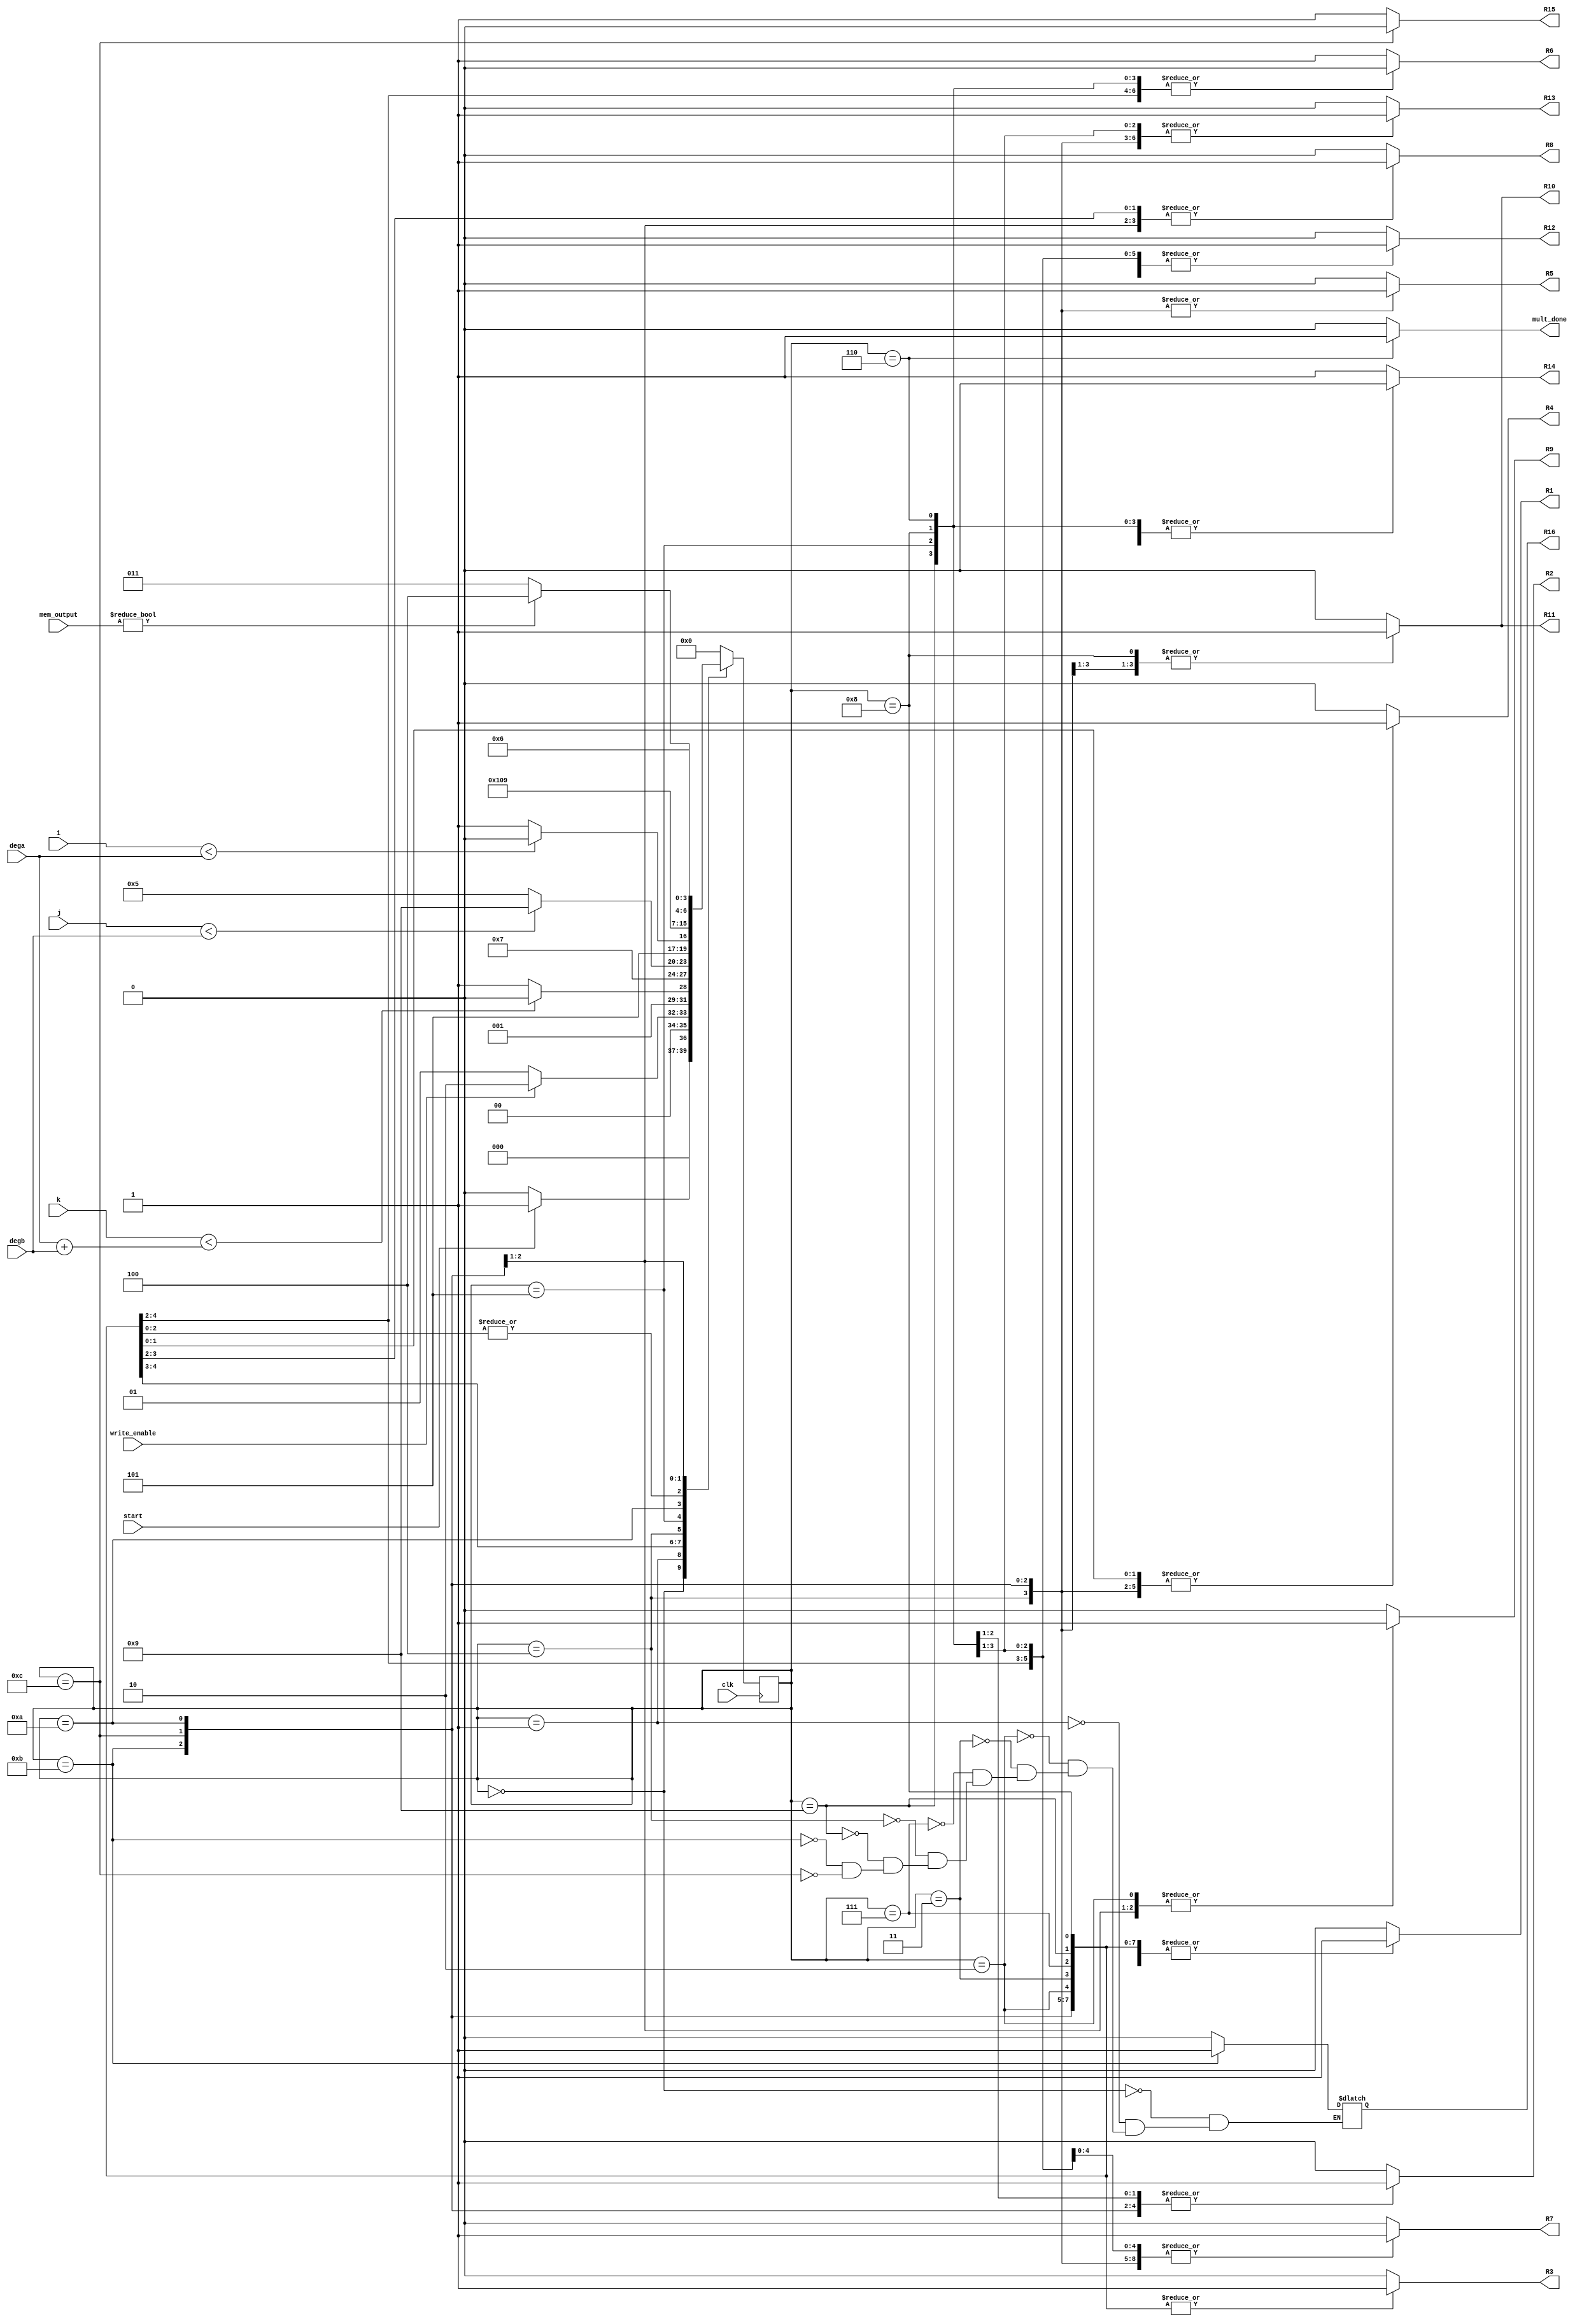
`timescale 1ns / 1ps
//////////////////////////////////////////////////////////////////////////////////
// Company: 
// Engineer: 
// 
// Design Name: 
// Module Name: Multpoly_FSM
// Project Name: 
// Target Devices: 
// Tool Versions: 
// Description: 
// 
// Dependencies: 
// 
// Revision:
// Revision 0.01 - File Created
// Additional Comments:
// 
//////////////////////////////////////////////////////////////////////////////////


module Multpoly_FSM(
    input clk,
    input start,
    input write_enable,
    input [9:0] i, j,
    input [10:0] k, dega, degb,
    input [25:0]mem_output, 
    output reg R1, R2, R3, R4, R5,R6, R7, R8, R9, R10, R11, R12, R13,R14, R15,R16,
    output reg mult_done
    );
    
    parameter Inicio  = 4'b0000;
    parameter Inicio2  = 4'b0001;
    parameter preg1=4'b1101;
    parameter as1=4'b1110;
    parameter temp5=4'b1111;
    parameter Op1 =4'b0010;
    parameter A1 =4'b0011;
    parameter temp1 =4'b0111;
    parameter mult =4'b0100;
    parameter temp2 =4'b1000;
    parameter temp3=4'b1001;
    parameter deg1=4'b1011;
    parameter deg2=4'b1100;
    parameter A2 =4'b0101;
    parameter temp4 =4'b1010;
    parameter salida =4'b0110;


    reg [3:0] presente = Inicio; // Registro de Estado - Valor inicial
    reg [3:0] futuro;            // Entrada del registro de Estado

    // Registro de estado 
    always @(posedge clk)
        presente <= futuro;

    // Lgica del estado siguiente
    always @(presente,start,i, j, k,write_enable, mem_output,dega,degb)
        case (presente)
            Inicio :
                if(start)
                    futuro <= Inicio2;            
                else
                    futuro <= Inicio;
            Inicio2:
                if(write_enable)
                    futuro <= Op1;            
                else
                    futuro <= Inicio2;
            Op1:
                if(k<dega+degb)
                    futuro <= Op1;
                else
                    futuro <= A1;            
            A1:
                futuro<=temp1;
            
            temp1:
                futuro<=mult;
                
            mult:
                if (j<degb)
                      futuro<=temp3;
                else
                    futuro<=A2;

            temp3:
                futuro<=mult;
            
            A2:
                if(i<dega)
                    futuro<=temp4;
                else
                    futuro <= deg1;
            temp4:
                futuro<=temp2;
            temp2:
                futuro<=mult;
            deg1:
                 if(mem_output!=0)
                    futuro<=deg2;
                else
                    futuro <= deg1;
            deg2:
                futuro <= salida;
            salida:
                futuro <= Inicio; 
            default:
                futuro <= Inicio;
        endcase
    
    // Lgica de salida
    always @(presente)
        case (presente)
            Inicio : begin
                R1 <= 1'b0;
                R2 <= 1'b0;
                R3 <= 1'b0;
                R4 <= 1'b0;
                R5 <= 1'b0;
                R6 <= 1'b1;
                R7 <= 1'b0;
                R8<= 1'b0;
                R9<= 1'b0;
                R10<= 1'b0;
                R11<= 1'b0;
                R12<= 1'b0;
                R13<= 1'b0;
                R14<= 1'b0;
                R15<= 1'b1;
                R16<= 1'b0;
                mult_done <= 1'b0; 
            end
            Inicio2 : begin
                R1 <= 1'b0;
                R2 <= 1'b0;
                R3 <= 1'b0;
                R4 <= 1'b0;
                R5 <= 1'b0;
                R6 <= 1'b1;
                R7 <= 1'b0;
                R8<= 1'b0;
                R9<= 1'b0;
                R10<= 1'b0;
                R11<= 1'b0;
                R12<= 1'b0;
                R13<= 1'b0;
                R14<= 1'b1;
                R15<= 1'b1;
                R16<= 1'b0;
                mult_done <= 1'b0;
            end                     
            Op1: begin
                R1 <= 1'b1;
                R2 <= 1'b0;
                R3 <= 1'b1;
                R4 <= 1'b0;
                R5 <= 1'b0;
                R6 <= 1'b0;
                R7 <= 1'b0;
                R8<= 1'b0;
                R9<= 1'b1;
                R10<= 1'b0;
                R11<= 1'b0;
                R12<= 1'b1;
                R13<= 1'b0;
                R14<= 1'b1;
                R15<= 1'b1;
                R16<= 1'b0;
                mult_done <= 1'b0;
            end
            A1: begin
                R1 <= 1'b1;
                R2 <= 1'b0;
                R3 <= 1'b1;
                R4 <= 1'b0;
                R5 <= 1'b0;
                R6 <= 1'b0;
                R7 <= 1'b1;
                R8<= 1'b1;
                R9<= 1'b0;
                R10<= 1'b0;
                R11<= 1'b0;
                R12<= 1'b1;
                R13<= 1'b0;
                R14<= 1'b1;
                R15<= 1'b1;
                R16<= 1'b0;
                mult_done <= 1'b0;
            end
            temp1: begin
                R1 <= 1'b1;
                R2 <= 1'b0;
                R3 <= 1'b1;
                R4 <= 1'b0;
                R5 <= 1'b0;
                R6 <= 1'b0;
                R7 <= 1'b1;
                R8<= 1'b1;
                R9<= 1'b0;
                R10<= 1'b0;
                R11<= 1'b0;
                R12<= 1'b1;
                R13<= 1'b0;
                R14<= 1'b1;
                R15<= 1'b1;
                R16<= 1'b0;
                mult_done <= 1'b0;
            end
            mult: begin
                R1 <= 1'b1;
                R2 <= 1'b0;
                R3 <= 1'b0;
                R4 <= 1'b1;
                R5 <= 1'b1;
                R6 <= 1'b1;
                R7 <= 1'b1;
                R8<= 1'b0;
                R9<= 1'b0;
                R10<= 1'b1;
                R11<= 1'b1;
                R12<= 1'b0;
                R13<= 1'b1;
                R14<= 1'b1;
                R15<= 1'b1;
                R16<= 1'b0;
                mult_done <= 1'b0;
            end

            temp3: begin
                R1 <= 1'b1;
                R2 <= 1'b0;
                R3 <= 1'b1;
                R4 <= 1'b1;
                R5 <= 1'b0;
                R6 <= 1'b0;
                R7 <= 1'b1;
                R8<= 1'b0;
                R9<= 1'b0;
                R10<= 1'b0;
                R11<= 1'b0;
                R12<= 1'b1;
                R13<= 1'b1;
                R14<= 1'b0;
                R15<= 1'b1;
                R16<= 1'b0;
                mult_done <= 1'b0;
            end
            deg1: begin
                R1 <= 1'b1;
                R2 <= 1'b1;
                R3 <= 1'b1;
                R4 <= 1'b1;
                R5 <= 1'b1;
                R6 <= 1'b1;
                R7 <= 1'b1;
                R8<= 1'b1;
                R9<= 1'b1;
                R10<= 1'b1;
                R11<= 1'b1;
                R12<= 1'b1;
                R13<= 1'b1;
                R14<= 1'b0;
                R15<= 1'b1;
                R16<= 1'b1;
                mult_done <= 1'b0;
            end
            deg2: begin
                R1 <= 1'b1;
                R2 <= 1'b1;
                R3 <= 1'b1;
                R4 <= 1'b1;
                R5 <= 1'b1;
                R6 <= 1'b1;
                R7 <= 1'b1;
                R8<= 1'b1;
                R9<= 1'b1;
                R10<= 1'b1;
                R11<= 1'b1;
                R12<= 1'b1;
                R13<= 1'b1;
                R14<= 1'b0;
                R15<= 1'b0;
                R16<= 1'b0;
                mult_done <= 1'b0;
            end
            A2: begin
                R1 <= 1'b0;
                R2 <= 1'b1;
                R3 <= 1'b0;
                R4 <= 1'b0;
                R5 <= 1'b0;
                R6 <= 1'b0;
                R7 <= 1'b1;
                R8<= 1'b0;
                R9<= 1'b0;
                R10<= 1'b0;
                R11<= 1'b0;
                R12<= 1'b1;
                R13<= 1'b1;
                R14<= 1'b0;
                R15<= 1'b1;
                mult_done <= 1'b0;
            end
            temp4: begin
                R1 <= 1'b1;
                R2 <= 1'b1;
                R3 <= 1'b1;
                R4 <= 1'b1;
                R5 <= 1'b1;
                R6 <= 1'b1;
                R7 <= 1'b1;
                R8<= 1'b0;
                R9<= 1'b0;
                R10<= 1'b0;
                R11<= 1'b0;
                R12<= 1'b1;
                R13<= 1'b1;
                R14<= 1'b0;
                R15<= 1'b1;
                mult_done <= 1'b0;
            end
            temp2: begin
                R1 <= 1'b1;
                R2 <= 1'b1;
                R3 <= 1'b1;
                R4 <= 1'b1;
                R5 <= 1'b0;
                R6 <= 1'b0;
                R7 <= 1'b1;
                R8<= 1'b0;
                R9<= 1'b0;
                R10<= 1'b1;
                R11<= 1'b1;
                R12<= 1'b1;
                R13<= 1'b1;
                R14<= 1'b0;
                R15<= 1'b1;
                mult_done <= 1'b0;
            end
            salida: begin
                R1 <= 1'b0;
                R2 <= 1'b0;
                R3 <= 1'b0;
                R4 <= 1'b0;
                R5 <= 1'b0;
                R6 <= 1'b0;
                R7 <= 1'b0;
                R8<= 1'b0;
                R9<= 1'b0;
                R10<= 1'b0;
                R11<= 1'b0;
                R12<= 1'b0;
                R13<= 1'b0;
                R14<= 1'b0;
                R15<= 1'b1;
                mult_done <= 1'b1;
            end
            default: begin
                R1 <= 1'b0;
                R2 <= 1'b0;
                R3 <= 1'b0;
                R4 <= 1'b0;
                R5 <= 1'b0;
                R6 <= 1'b1;
                R7 <= 1'b0;
                R8<= 1'b0;
                R9<= 1'b0;
                R10<= 1'b0;
                R11<= 1'b0;
                R12<= 1'b0;
                R13<= 1'b0;
                R14<= 1'b1;
                R15<= 1'b1;
                mult_done <= 1'b0; 
            end
      endcase
      
endmodule